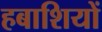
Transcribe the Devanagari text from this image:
हबाशियों